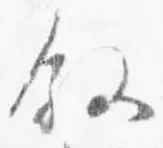
叙